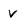
Character: v